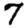
Digit: 7